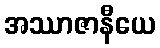
အဿာဇာနီယေ